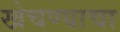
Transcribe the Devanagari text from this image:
खेचण्याचा